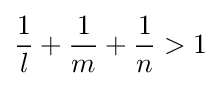
{\frac {1}{l}}+{\frac {1}{m}}+{\frac {1}{n}}>1